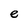
Character: e